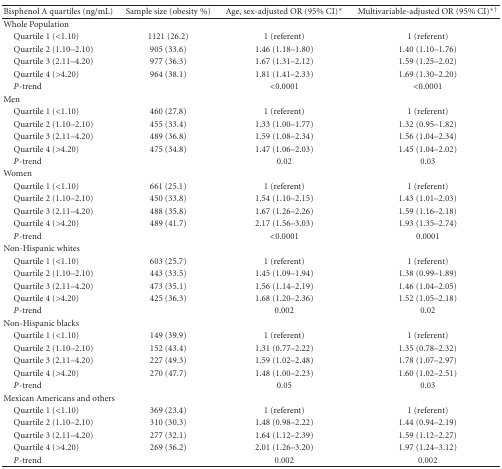
<table><thead><tr><td><b>Bisphenol A quartiles (ng/mL)</b></td><td><b>Sample size (obesity %)</b></td><td><b>Age, sex-adjusted OR (95% CI)<sup>∗</sup></b></td><td><b>Multivariable-adjusted OR (95% CI)<sup>∗†</sup></b></td></tr></thead><tbody><tr><td>Whole Population</td><td></td><td></td><td></td></tr><tr><td> Quartile 1 (&lt;1.10)</td><td>1121 (26.2)</td><td>1 (referent)</td><td>1 (referent)</td></tr><tr><td> Quartile 2 (1.10–2.10)</td><td>905 (33.6)</td><td>1.46 (1.18–1.80)</td><td>1.40 (1.10–1.76)</td></tr><tr><td> Quartile 3 (2.11–4.20)</td><td>977 (36.3)</td><td>1.67 (1.31–2.12)</td><td>1.59 (1.25–2.02)</td></tr><tr><td> Quartile 4 (&gt;4.20)</td><td>964 (38.1)</td><td>1.81 (1.41–2.33)</td><td>1.69 (1.30–2.20)</td></tr><tr><td> <i>P</i>-trend</td><td></td><td>&lt;0.0001</td><td>&lt;0.0001</td></tr><tr><td>Men</td><td></td><td></td><td></td></tr><tr><td> Quartile 1 (&lt;1.10)</td><td>460 (27.8)</td><td>1 (referent)</td><td>1 (referent)</td></tr><tr><td> Quartile 2 (1.10–2.10)</td><td>455 (33.4)</td><td>1.33 (1.00–1.77)</td><td>1.32 (0.95–1.82)</td></tr><tr><td> Quartile 3 (2.11–4.20)</td><td>489 (36.8)</td><td>1.59 (1.08–2.34)</td><td>1.56 (1.04–2.34)</td></tr><tr><td> Quartile 4 (&gt;4.20)</td><td>475 (34.8)</td><td>1.47 (1.06–2.03)</td><td>1.45 (1.04–2.02)</td></tr><tr><td> <i>P</i>-trend</td><td></td><td>0.02</td><td>0.03</td></tr><tr><td>Women</td><td></td><td></td><td></td></tr><tr><td> Quartile 1 (&lt;1.10)</td><td>661 (25.1)</td><td>1 (referent)</td><td>1 (referent)</td></tr><tr><td> Quartile 2 (1.10–2.10)</td><td>450 (33.8)</td><td>1.54 (1.10–2.15)</td><td>1.43 (1.01–2.03)</td></tr><tr><td> Quartile 3 (2.11–4.20)</td><td>488 (35.8)</td><td>1.67 (1.26–2.26)</td><td>1.59 (1.16–2.18)</td></tr><tr><td> Quartile 4 (&gt;4.20)</td><td>489 (41.7)</td><td>2.17 (1.56–3.03)</td><td>1.93 (1.35–2.74)</td></tr><tr><td> <i>P</i>-trend</td><td></td><td>&lt;0.0001</td><td>0.0001</td></tr><tr><td>Non-Hispanic whites</td><td></td><td></td><td></td></tr><tr><td> Quartile 1 (&lt;1.10)</td><td>603 (25.7)</td><td>1 (referent)</td><td>1 (referent)</td></tr><tr><td> Quartile 2 (1.10–2.10)</td><td>443 (33.5)</td><td>1.45 (1.09–1.94)</td><td>1.38 (0.99–1.89)</td></tr><tr><td> Quartile 3 (2.11–4.20)</td><td>473 (35.1)</td><td>1.56 (1.14–2.19)</td><td>1.46 (1.04–2.05)</td></tr><tr><td> Quartile 4 (&gt;4.20)</td><td>425 (36.3)</td><td>1.68 (1.20–2.36)</td><td>1.52 (1.05–2.18)</td></tr><tr><td> <i>P</i>-trend</td><td></td><td>0.002</td><td>0.02</td></tr><tr><td>Non-Hispanic blacks</td><td></td><td></td><td></td></tr><tr><td> Quartile 1 (&lt;1.10)</td><td>149 (39.9)</td><td>1 (referent)</td><td>1 (referent)</td></tr><tr><td> Quartile 2 (1.10–2.10)</td><td>152 (43.4)</td><td>1.31 (0.77–2.22)</td><td>1.35 (0.78–2.32)</td></tr><tr><td> Quartile 3 (2.11–4.20)</td><td>227 (49.3)</td><td>1.59 (1.02–2.48)</td><td>1.78 (1.07–2.97)</td></tr><tr><td> Quartile 4 (&gt;4.20)</td><td>270 (47.7)</td><td>1.48 (1.00–2.23)</td><td>1.60 (1.02–2.51)</td></tr><tr><td> <i>P</i>-trend</td><td></td><td>0.05</td><td>0.03</td></tr><tr><td>Mexican Americans and others</td><td></td><td></td><td></td></tr><tr><td> Quartile 1 (&lt;1.10)</td><td>369 (23.4)</td><td>1 (referent)</td><td>1 (referent)</td></tr><tr><td> Quartile 2 (1.10–2.10)</td><td>310 (30.3)</td><td>1.48 (0.98–2.22)</td><td>1.44 (0.94–2.19)</td></tr><tr><td> Quartile 3 (2.11–4.20)</td><td>277 (32.1)</td><td>1.64 (1.12–2.39)</td><td>1.59 (1.12–2.27)</td></tr><tr><td> Quartile 4 (&gt;4.20)</td><td>269 (36.2)</td><td>2.01 (1.26–3.20)</td><td>1.97 (1.24–3.12)</td></tr><tr><td> <i>P</i>-trend</td><td></td><td>0.002</td><td>0.002</td></tr></tbody></table>